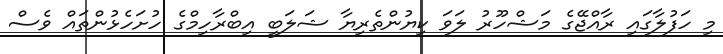
މި ހަފުލާގައި ރާއްޖޭގެ މަޝްހޫރު ލަވަ ކިޔުންތެެރިޔާ ޝަލަބީ އިބްރާހިމްގެ ހުށަހެޅުންތައް ވެސް